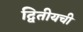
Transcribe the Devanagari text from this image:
द्वितीयची